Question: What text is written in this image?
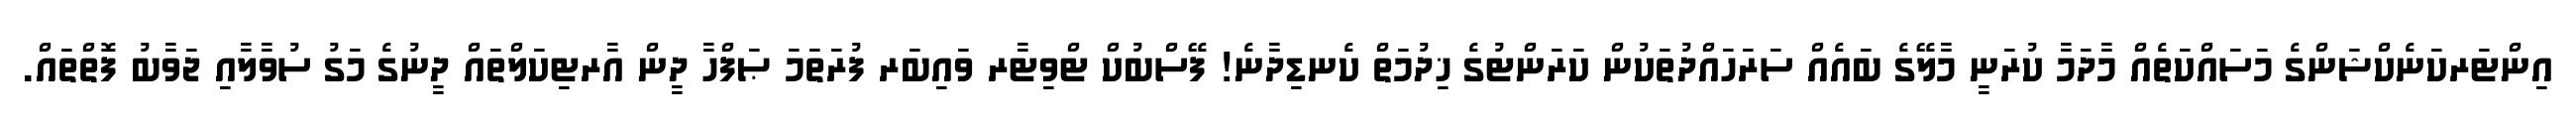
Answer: އިންޓަރކަނެކްޝަންގެ މަސައްކަތެއް މާދަމާ ކުރަނީ މާލޭގެ ބައެއް ސަރަހައްދުތަކުން ކަރަންޓުގެ ޚިދުމަތް ކެނޑިދާނެ! ފޭސްބުކް ޓްވިޓާރ ވައިބަރ ފުރަތަމަ ޞަފްހާ ދީން އާރޓިކަލްތައް ދީނުގެ މަގު ސުވާލާއި ޖަވާބު ފޮތްތައް.